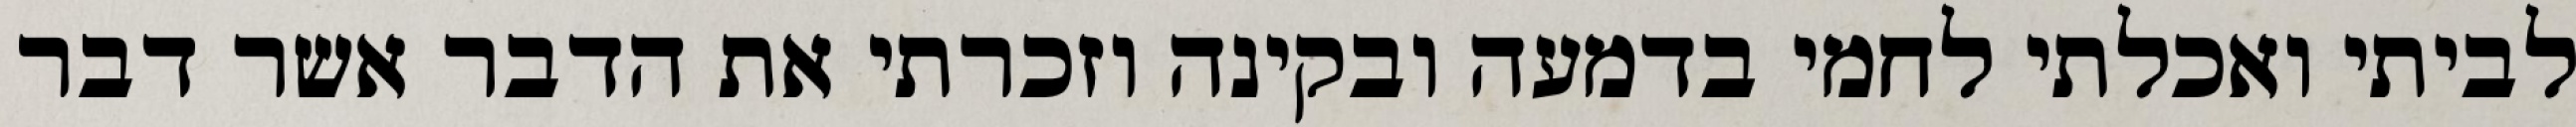
לביתי ואכלתי לחמי בדמעה ובקינה וזכרתי את הדבר אשר דבר